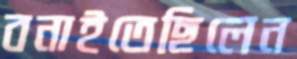
বনাইতেছিলেন